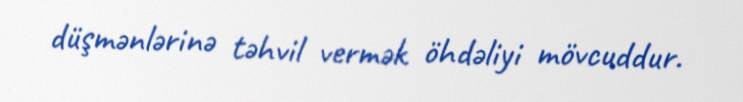
düşmənlərinə təhvil vermək öhdəliyi mövcuddur.